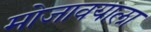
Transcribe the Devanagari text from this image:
मोजावयाला